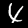
Label: 4